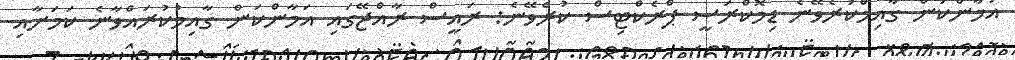
އަމާންކަން ގާއިމްކުރެވޭނެ ޑިމޮކްރަސީ ޕްރެކްޓިސް ކުރެވޭނެ: ރައީސް ރާއްޖޭގައި އަމާންކަން ގާއިމުކުރައްވާނެ ކަމަށާއި